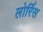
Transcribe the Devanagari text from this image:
लोर्रिस